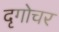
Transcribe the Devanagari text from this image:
दृगोचर